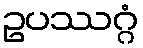
ဥပဿဂ္ဂံ